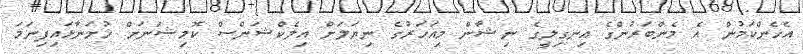
އެހެންކަމުން އެ މެންބަރުންގެ އިނގިލީގެ ނިޝާން މިއަހަރުގެ ނިޔަލަށް އިލެކްޝަންސް ކޮމިޝަނަށް ހުށަނާޅައިފިނަމަ